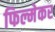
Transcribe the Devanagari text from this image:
फिल्मेकर